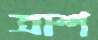
ত্রাশ